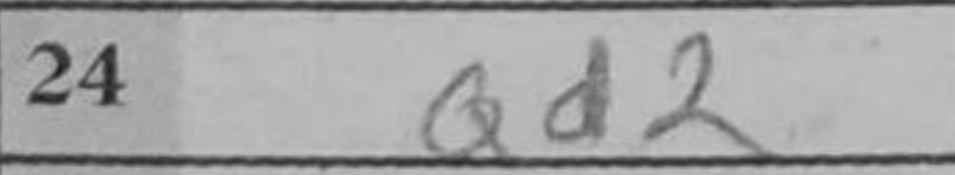
Transcription: Qd2